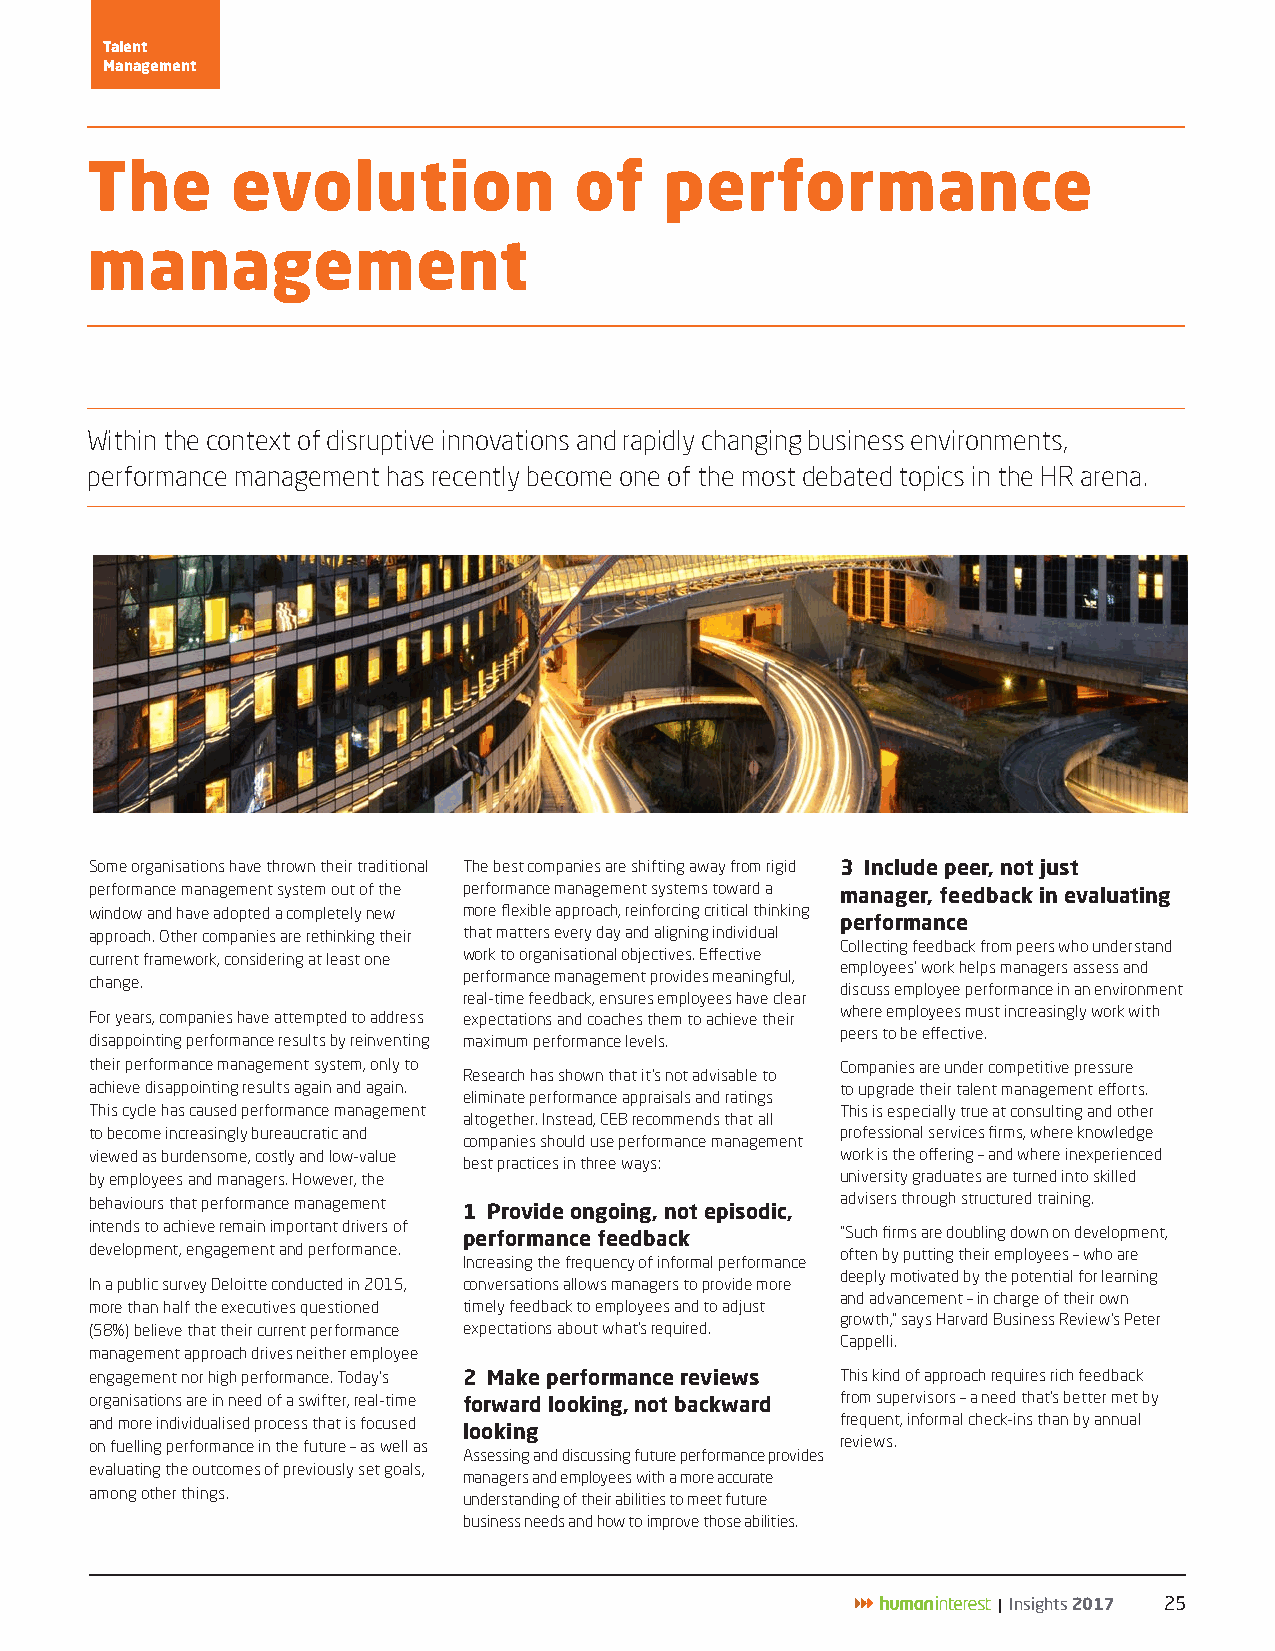
Talent
 Management
 The      evolution              of    performance
 management
 Within the context of disruptive innovations and rapidly changing business environments,
 performance management has recently become one of the most debated topics in the HR arena.
 Some organisations have thrown their traditional The best companies are shifting away from rigid 3 Include peer, not just
 performance management system out of the performance management systems toward a manager, feedback in evaluating
 window and have adopted a completely new more flexible approach, reinforcing critical thinking
 performance
 approach. Other companies are rethinking their that matters every day and aligning individual
 Collecting feedback from peers who understand
 current framework, considering at least one work to organisational objectives. Effective
 employees’ work helps managers assess and
 performance management provides meaningful,
 change.
 discuss employee performance in an environment
 real-time feedback, ensures employees have clear
 For years, companies have attempted to address expectations and coaches them to achieve their where employees must increasingly work with
 peers to be effective.
 disappointing performance results by reinventing maximum performance levels.
 their performance management system, only to      Companies are under competitive pressure
 Research has shown that it’s not advisable to
 achieve disappointing results again and again.    to upgrade their talent management efforts.
 eliminate performance appraisals and ratings
 This cycle has caused performance management      This is especially true at consulting and other
 altogether. Instead, CEB recommends that all
 to become increasingly bureaucratic and           professional services firms, where knowledge
 companies should use performance management
 viewed as burdensome, costly and low-value        work is the offering – and where inexperienced
 best practices in three ways:
 by employees and managers. However, the           university graduates are turned into skilled
 behaviours that performance management            advisers through structured training.
 1 Provide ongoing, not episodic,
 intends to achieve remain important drivers of performance feedback “Such firms are doubling down on development,
 development, engagement and performance.          often by putting their employees – who are
 Increasing the frequency of informal performance
 deeply motivated by the potential for learning
 In a public survey Deloitte conducted in 2015, conversations allows managers to provide more
 and advancement – in charge of their own
 more than half the executives questioned timely feedback to employees and to adjust
 growth,” says Harvard Business Review’s Peter
 (58%) believe that their current performance expectations about what’s required.
 Cappelli.
 management approach drives neither employee
 engagement nor high performance. Today’s 2 Make performance reviews This kind of approach requires rich feedback
 organisations are in need of a swifter, real-time forward looking, not backward from supervisors – a need that’s better met by
 and more individualised process that is focused   frequent, informal check-ins than by annual
 looking
 on fuelling performance in the future – as well as reviews.
 Assessing and discussing future performance provides
 evaluating the outcomes of previously set goals,
 managers and employees with a more accurate
 among other things.      understanding of their abilities to meet future
 business needs and how to improve those abilities.
 | Insights 2017 25